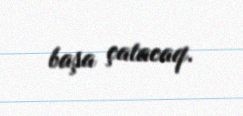
başa çatacaq.